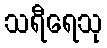
သရီရေသု